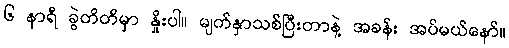
၆ နာရီ ခွဲတိတိမှာ နှိုးပါ။ မျက်နှာသစ်ပြီးတာနဲ့ အခန်း အပ်မယ်နော်။